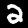
Digit: 2